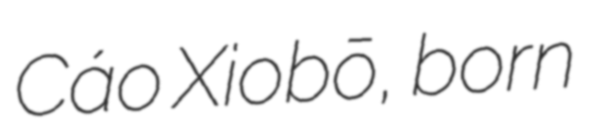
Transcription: Cáo Xiǎobō, born